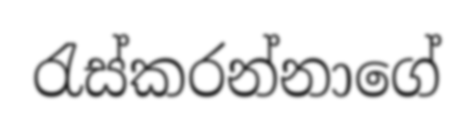
රැස්කරන්නාගේ